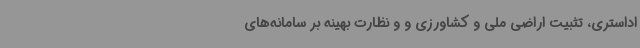
اداستری، تثبیت اراضی ملی و کشاورزی و و نظارت بهینه بر سامانه‌های